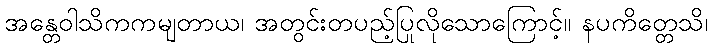
အန္တေဝါသိကကမျတာယ၊ အတွင်းတပည့်ပြုလိုသောကြောင့်။ နပကိတ္တေသိ၊